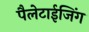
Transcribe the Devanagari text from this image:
पैलेटाईजिंग